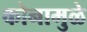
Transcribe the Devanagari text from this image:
कोनामुळे